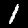
Digit: 1